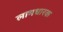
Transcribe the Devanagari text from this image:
लाभधारक